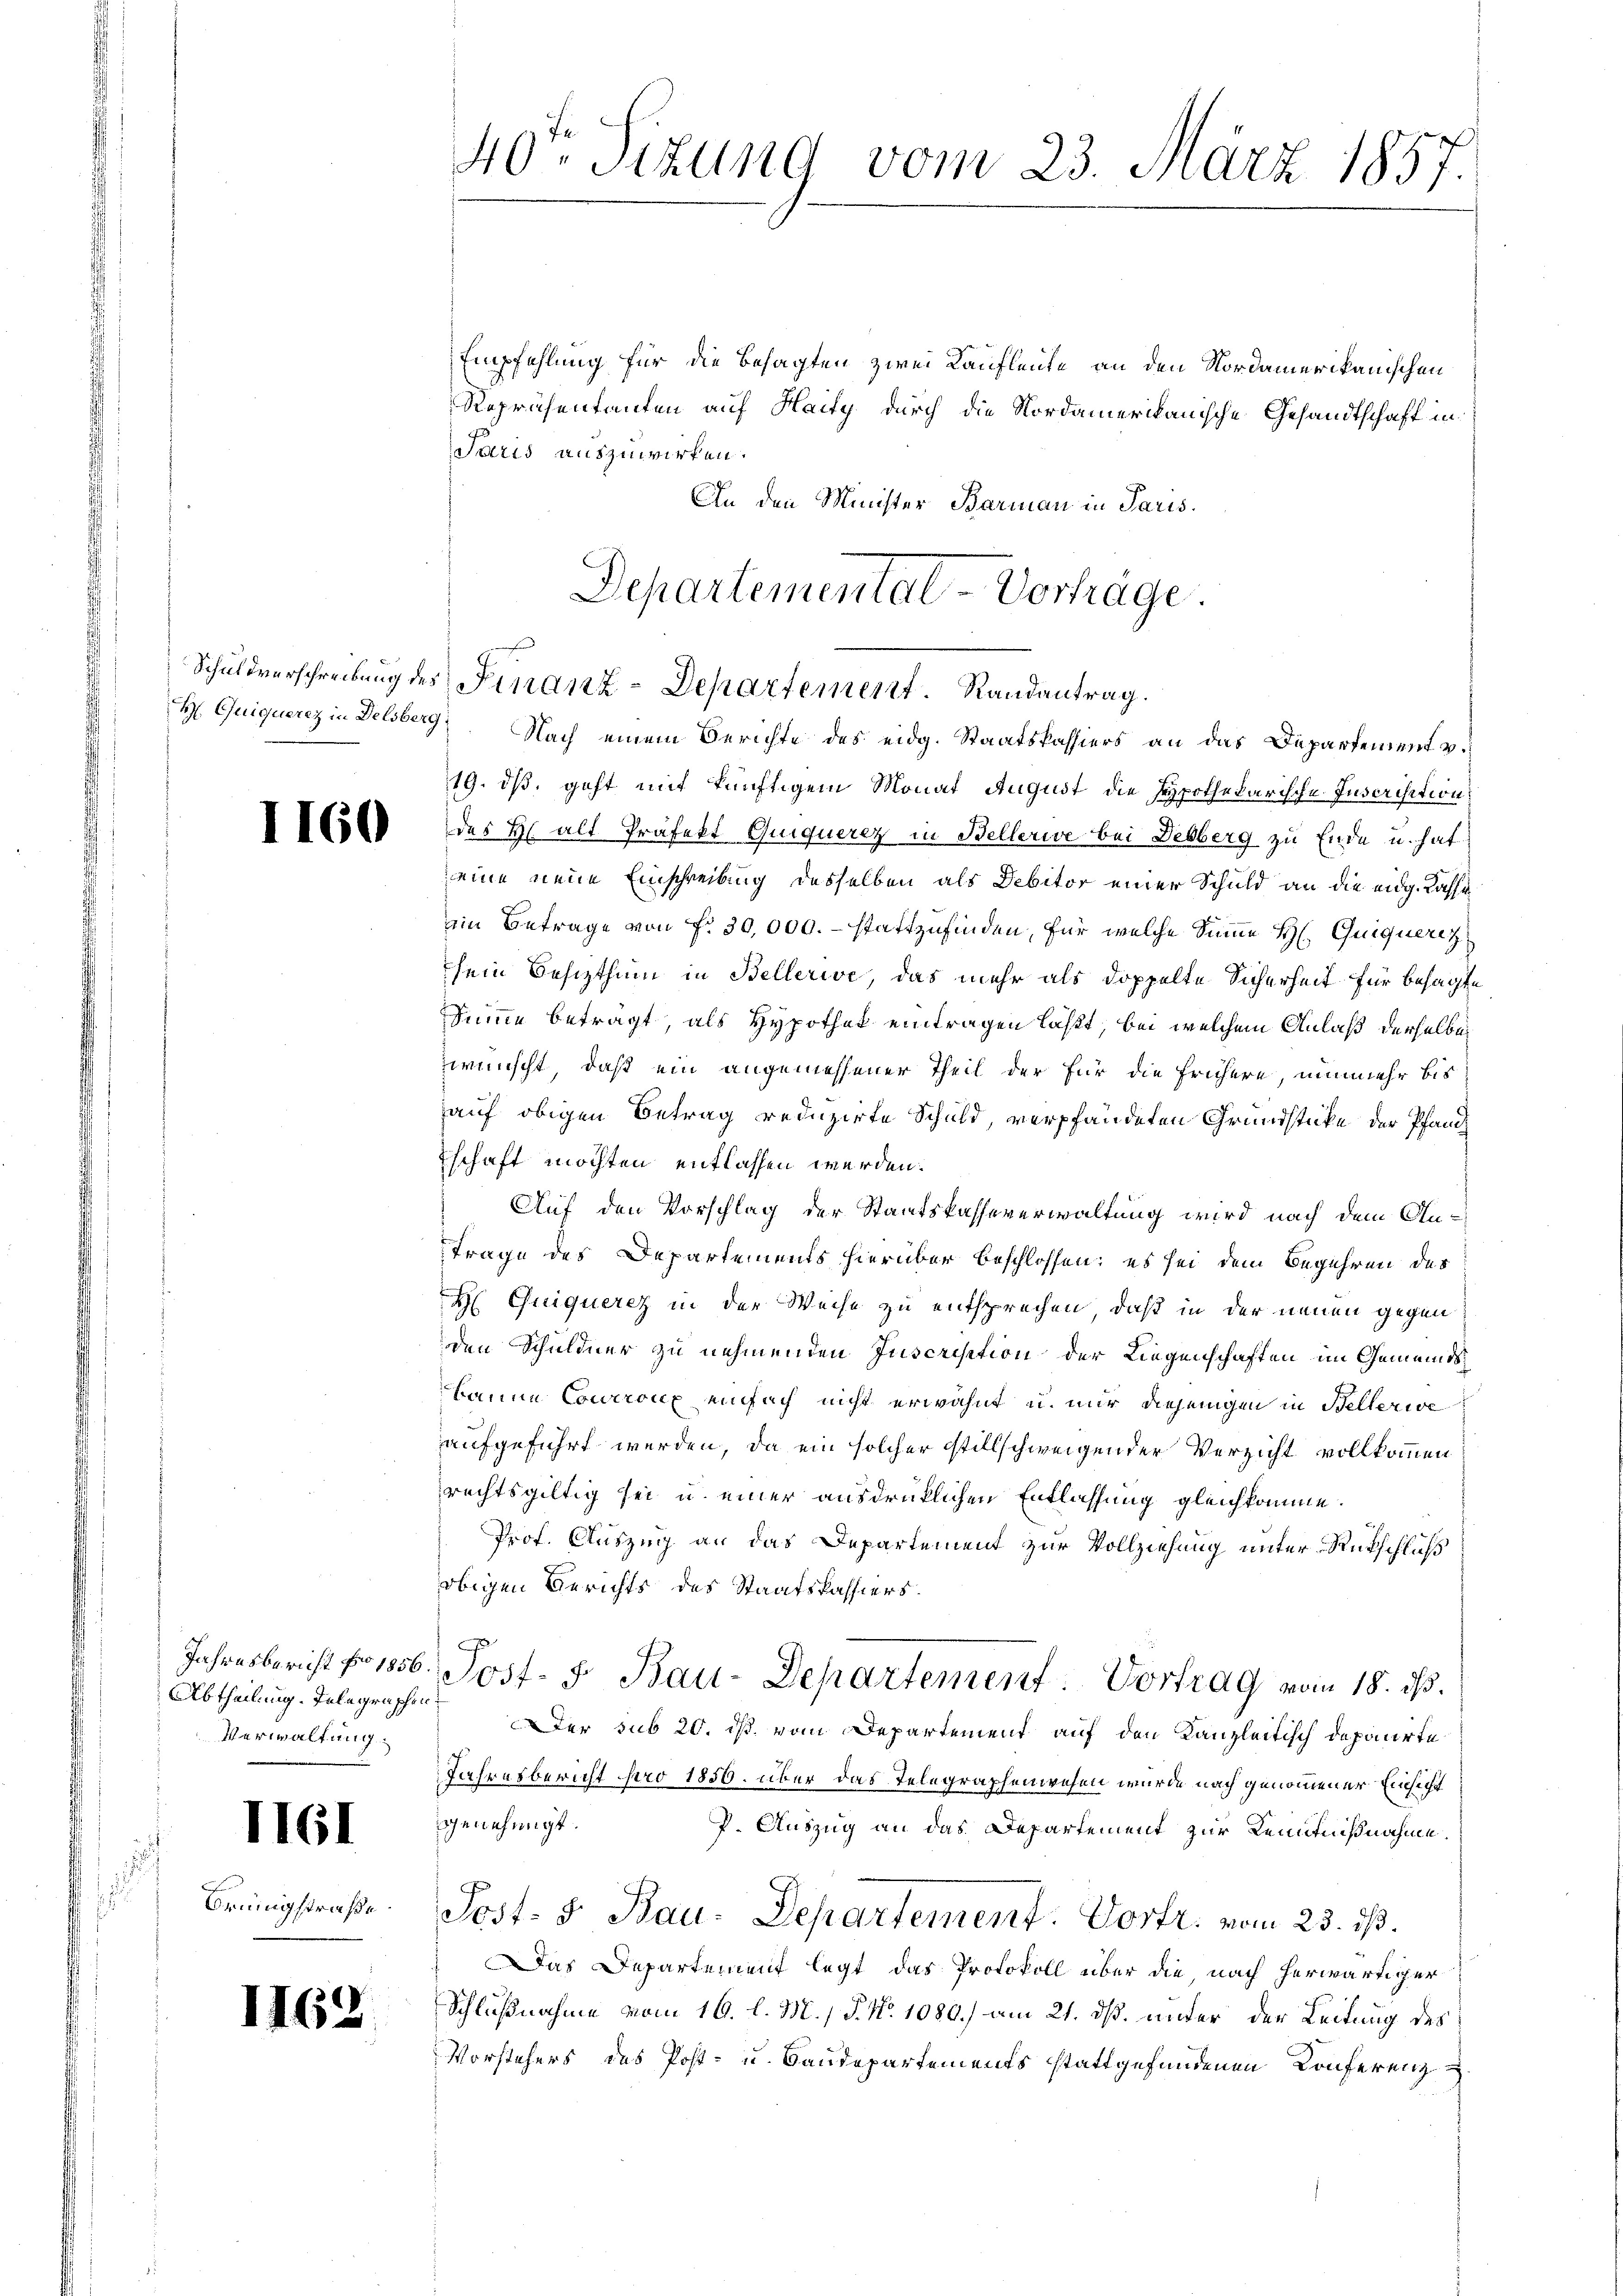
Schuldverschreibung des

1161

1160

Jahresbericht pro 1856.
Abtheilung. Telegraschen
Verwaltung.

Brüngstraße.

40ten Sizung vom 23. März 1857.

Empfehlung für die Besagten zwei Kaufleute an den Nordamerikanischen
Repräsentanten auf Haity durch die Nordamerikanische Gesandtschaft in
Paris auszuwirken.
An den Minister Barman in Paris.

H. Quiquerez in Delsberg Nach einem Berichte des eidg. Staatskassiers an das Departement v.
19. dß, geht mit künftigem Monat August die hypothekarische Inscrisition
des H. alt Präfekt Guiquerer in Bellerie bei Desberg zu Ende u. hat
eine neue Einschreibung desselben als Debitor einer Schuld an die eidg. Kasse
ein Betrage von Fr. 30,000. – stattzufinden, für welche Sinne H. Quiqueret
sein Besitzthum in Bellerive, das mehr als doppelte Sicherheit für besagte
Summe beträgt, als Hypothek eintragen läßt, bei welchem Anlaß derselbe
zwunscht, daß ein angemessener Theil der für die frühere, nunmehr bis
auf obigen Betrag reduzirte Schuld, verpfändeten Grundstücke der Pfandschaft möchten entlassen werden.
Auf den Vorschlag der Staatskasseverwaltung wird nach dem An-
trage des Departements hierüber beschlossen; es sei dem Begehren des
H Guiquerez in der Weise zu entsprechen, daß in der neuen gegen
den Schuldner zu nehmenden Inscription der Liegenschaften im Gemeindsbanne Coucroix einfach nicht erwähnt u. mir diejenigen in Bellerwe
aufgeführt werden, da ein solcher stillschweigender Verzicht vollkommen
rechtsgültig sei u. einer ausdrücklichen Entlassung gleichkomme.
Prof. Auszug an das Departement zur Vollziehung unter Rückschluß
obigen Gerichts des Staatskassiers
Post- J. Bau-Departement. Vortrag vom 18. ds.
Der sub 20. ds. vom Departement auf den Kanzleitisch deponirte
Jahresbericht pro 1856 über das Telegraphenwesen wurde nach genommener Einsicht
genehmigt.
P. Auszug an das Departement zur Kenntnißnahme.
Post- & Bau-Departement. Vortr. vom 23. ist.
as Departement legt das Protokoll über die nach herwärtiger
Schlußnahme vom 16. l. M., P. Nr. 1080.) am 21. dß. unter der Leitung des
Vorstehers des Post- u. Baudepartements stattgefundenen Conferenz

Departemental-Vorträge.
Finanz-Departement. Randantrag.